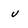
Character: u